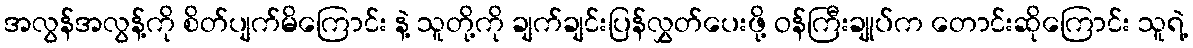
အလွန်အလွန့်ကို စိတ်ပျက်မိကြောင်း နဲ့ သူတို့ကို ချက်ချင်းပြန်လွှတ်ပေးဖို့ ဝန်ကြီးချုပ်က တောင်းဆိုကြောင်း သူရဲ့